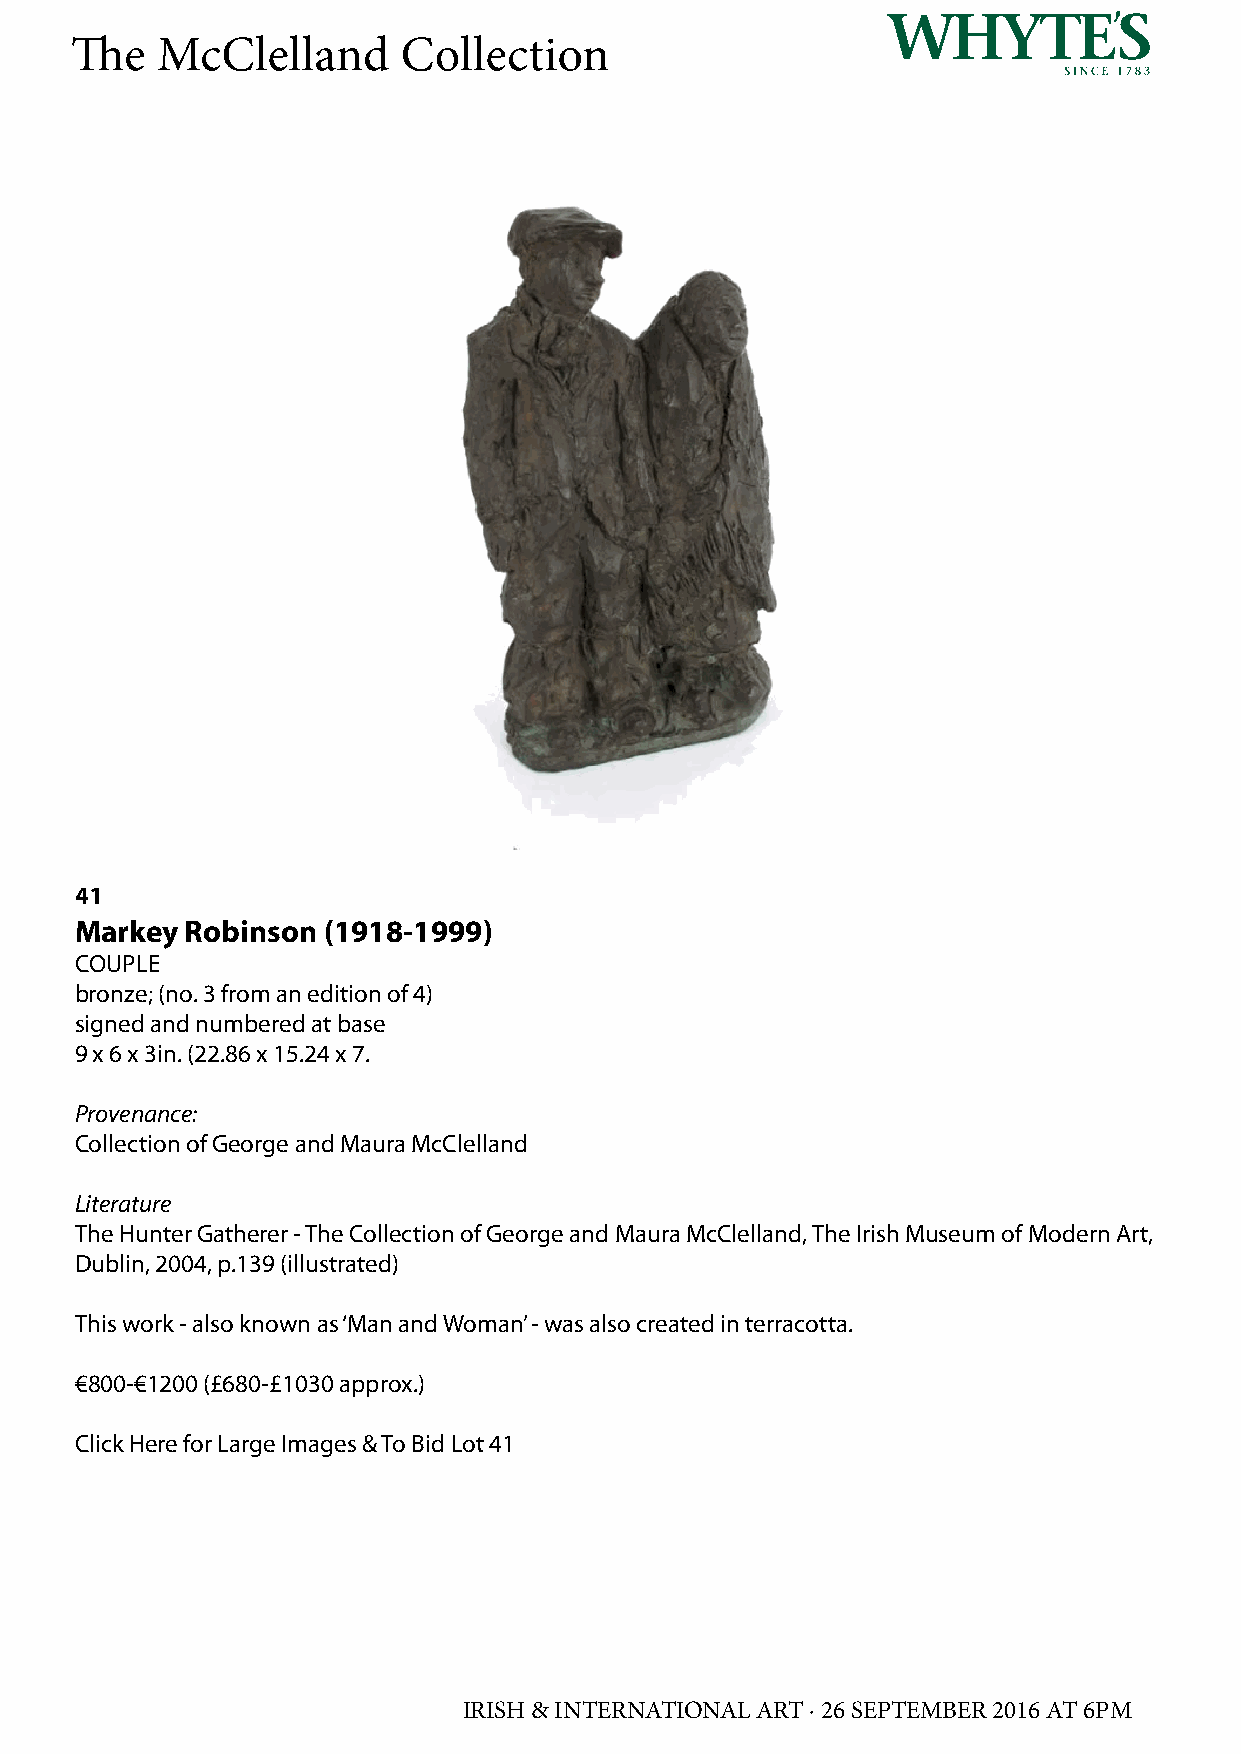
The  McClelland       Collection
 41
 Markey Robinson (1918-1999)
 COUPLE
 bronze; (no. 3 from an edition of 4)
 signed and numbered at base
 9 x 6 x 3in. (22.86 x 15.24 x 7.
 Provenance:
 Collection of George and Maura McClelland
 Literature
 The Hunter Gatherer - The Collection of George and Maura McClelland, The Irish Museum of Modern Art,
 Dublin, 2004, p.139 (illustrated)
 This work - also known as ‘Man and Woman’ - was also created in terracotta.
 €800-€1200 (£680-£1030 approx.)
 Click Here for Large Images & To Bid Lot 41
 IRISH & INTERNATIONAL ART · 26 SEPTEMBER 2016 AT 6PM